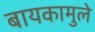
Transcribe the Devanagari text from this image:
बायकामुले